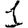
Digit: 1